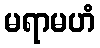
မရာမဟံ